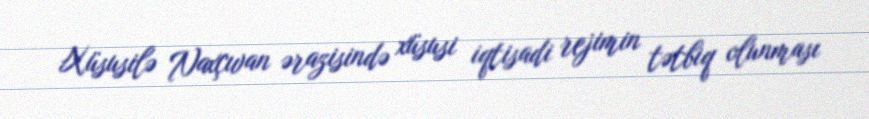
Xüsusilə Naxçıvan ərazisində xüsusi iqtisadi rejimin tətbiq olunması